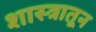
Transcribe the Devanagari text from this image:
शास्त्रातून